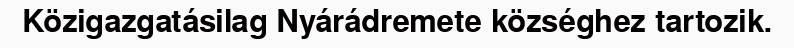
Közigazgatásilag Nyárádremete községhez tartozik.